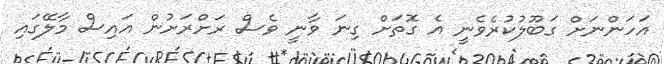
އަހަންނަށް ގަބޫލުކުރެވެނީ އެ ގޮތަށް ގިނަ ވާނީ ވެސް ރަށްރަށުން އައިސް މާލޭގައި